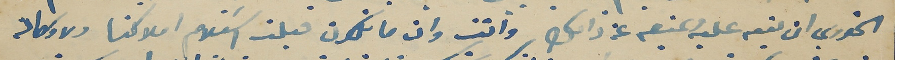
الخوري ان ينبه عليه المنيعه عن ذالك وانت وان ما تكون قبلت اسَتلام املاكنا ولا وكالة